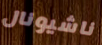
ناشيونال